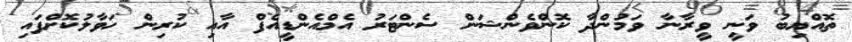
ތޮއްޔިބު ވަނީ ވީރާނާ ވަމުންދާ ކޮންވެންޝަން ސެންޓަރު އެމްއެންޑީއެފް އާއި ކުރިން ހަވާލުކޮށްފައި